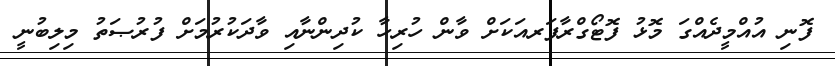
ފޮނި އުއްމީދެއްގަ މޮޅު ފޮޓޯގްރާފަރއަކަށް ވާން ހުރިހާ ކުދިންނާއި ވާދަކުރުމަށް ފުރުޞަތު މިލިބުނީ